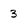
Character: 3